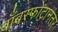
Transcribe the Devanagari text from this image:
बाँबस्फोटानंतर